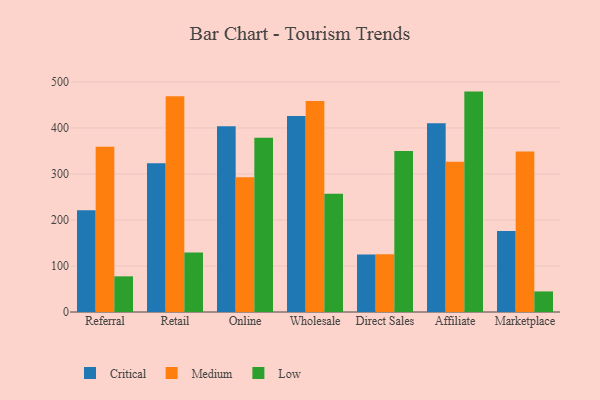
{"axis": {"x": "Channel", "y": "Budget (USD K)"}, "legend": ["Critical", "Low", "Medium"], "data": [{"x": "Referral", "y": 221.4, "type": "Critical"}, {"x": "Referral", "y": 359.2, "type": "Medium"}, {"x": "Referral", "y": 77.5, "type": "Low"}, {"x": "Retail", "y": 323.5, "type": "Critical"}, {"x": "Retail", "y": 468.7, "type": "Medium"}, {"x": "Retail", "y": 129.5, "type": "Low"}, {"x": "Online", "y": 403.7, "type": "Critical"}, {"x": "Online", "y": 293.0, "type": "Medium"}, {"x": "Online", "y": 378.6, "type": "Low"}, {"x": "Wholesale", "y": 425.8, "type": "Critical"}, {"x": "Wholesale", "y": 458.5, "type": "Medium"}, {"x": "Wholesale", "y": 257.2, "type": "Low"}, {"x": "Direct Sales", "y": 124.9, "type": "Critical"}, {"x": "Direct Sales", "y": 125.3, "type": "Medium"}, {"x": "Direct Sales", "y": 349.7, "type": "Low"}, {"x": "Affiliate", "y": 410.1, "type": "Critical"}, {"x": "Affiliate", "y": 326.6, "type": "Medium"}, {"x": "Affiliate", "y": 479.0, "type": "Low"}, {"x": "Marketplace", "y": 175.8, "type": "Critical"}, {"x": "Marketplace", "y": 348.8, "type": "Medium"}, {"x": "Marketplace", "y": 44.7, "type": "Low"}]}